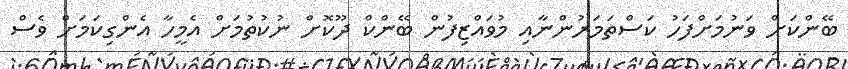
ބޭންކަށް ވަނުމަށްފަހު ކަސްތަމަރުންނާއި މުވައްޒިފުން ބޭންކް ދޫކޮށް ނުކުތުމަށް އެމީހާ އެންގިކަމަށް ވެސް